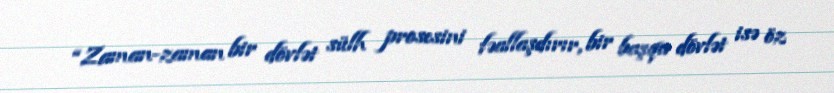
“Zaman-zaman bir dövlət sülh prosesini fəallaşdırır, bir başqa dövlət isə öz